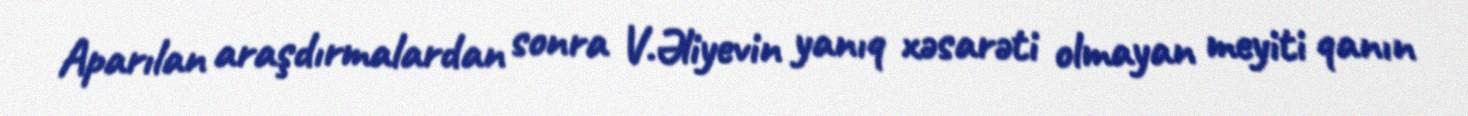
Aparılan araşdırmalardan sonra V.Əliyevin yanıq xəsarəti olmayan meyiti qanın